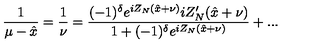
\displaystyle \frac { 1 } { \mu - \hat { x } } = \displaystyle \frac { 1 } { \nu } = \displaystyle \frac { ( - 1 ) ^ { \delta } e ^ { i Z _ { N } ( \hat { x } + \nu ) } i Z _ { N } ^ { \prime } ( \hat { x } + \nu ) } { 1 + ( - 1 ) ^ { \delta } e ^ { i Z _ { N } ( \hat { x } + \nu ) } } + . . .